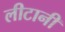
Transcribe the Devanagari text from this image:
लीटानी